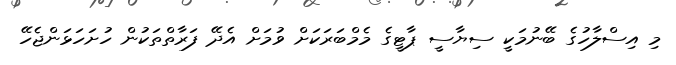
މި އިސްލާހުގެ ބޭނުމަކީ ސިޔާސީ ޕާޓީގެ މެމްބަރަކަށް ވުމަށް އެދޭ ފަރާތްތަކުން ހުށަހަޅަންޖެހޭ